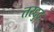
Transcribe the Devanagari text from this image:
तरद्दुद